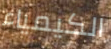
الكيمياء